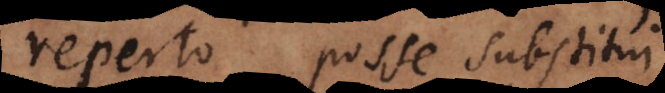
reperto posse substitui